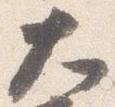
大